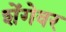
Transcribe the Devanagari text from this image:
शेंगेवर